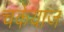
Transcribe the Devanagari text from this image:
चकेयाज